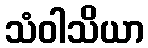
သံဝါသိယာ